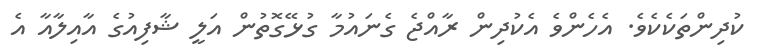
ކުދިންތަކެކެވެ. އެހެންވެ އެކުދިން ރާއްޖެ ގެނައުމާ ގުޅޭގޮތުން އަލީ ޝާފިއުގެ އާއިލާއާ އެ